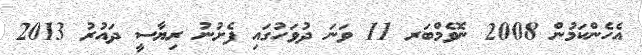
އެހެންކަމުން 2008 ނޮވެމްބަރ 11 ވަނަ ދުވަހުގައި ފެށުނު ރިޔާސީ ދައުރު 2013